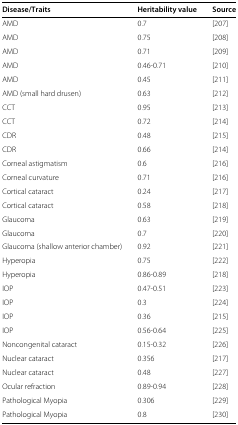
| Disease/Traits | Heritability value | Source |
 | --- | --- | --- |
 | AMD | 0.7 | [207] |
 | AMD | 0.75 | [208] |
 | AMD | 0.71 | [209] |
 | AMD | 0.46-0.71 | [210] |
 | AMD | 0.45 | [211] |
 | AMD (small hard drusen) | 0.63 | [212] |
 | CCT | 0.95 | [213] |
 | CCT | 0.72 | [214] |
 | CDR | 0.48 | [215] |
 | CDR | 0.66 | [214] |
 | Corneal astigmatism | 0.6 | [216] |
 | Corneal curvature | 0.71 | [216] |
 | Cortical cataract | 0.24 | [217] |
 | Cortical cataract | 0.58 | [218] |
 | Glaucoma | 0.63 | [219] |
 | Glaucoma | 0.7 | [220] |
 | Glaucoma (shallow anterior chamber) | 0.92 | [221] |
 | Hyperopia | 0.75 | [222] |
 | Hyperopia | 0.86-0.89 | [218] |
 | IOP | 0.47-0.51 | [223] |
 | IOP | 0.3 | [224] |
 | IOP | 0.36 | [215] |
 | IOP | 0.56-0.64 | [225] |
 | Noncongenital cataract | 0.15-0.32 | [226] |
 | Nuclear cataract | 0.356 | [217] |
 | Nuclear cataract | 0.48 | [227] |
 | Ocular refraction | 0.89-0.94 | [228] |
 | Pathological Myopia | 0.306 | [229] |
 | Pathological Myopia | 0.8 | [230] |